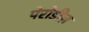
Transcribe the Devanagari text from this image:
पेरोडीज़